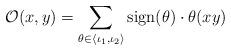
LaTeX: \begin{align*} \mathcal{O}(x,y)=\sum_{\theta\in\langle \iota_{1},\iota_{2} \rangle} \textnormal{sign}(\theta)\cdot\theta(xy)\end{align*}